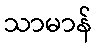
သာမာန်